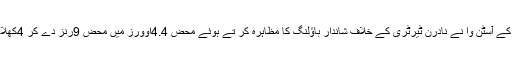
تفصیلات کے مطابق آسٹریلین انڈر 15چیمپئن شپ کے ایک میچ میں نیو ساؤتھ ویلز کے آسٹن وا نے نادرن ٹیرٹری کے خلاف شاندار باؤلنگ کا مظاہرہ کر تے ہوئے محض 4.4اوورز میں محض 9رنز دے کر 4کھلاڑی پویلین بھیجے جس کے نتیجے میں نادرن ٹیرٹری کی ٹیم 92رنز پر سمٹ گئی ۔